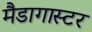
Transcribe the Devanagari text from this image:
मैडागास्टर